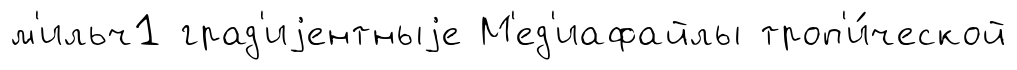
м'ильч1 град'иjентныjе М'ед'иафайлы троп'и́ческой